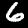
Label: 6